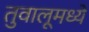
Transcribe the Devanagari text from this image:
तुवालूमध्ये